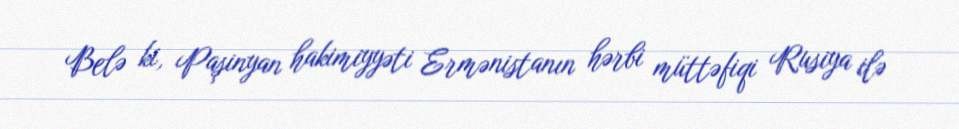
Belə ki, Paşinyan hakimiyyəti Ermənistanın hərbi müttəfiqi Rusiya ilə